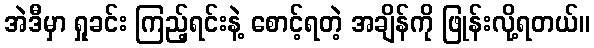
အဲဒီမှာ ရှုခင်း ကြည့်ရင်းနဲ့ စောင့်ရတဲ့ အချိန်ကို ဖြုန်းလို့ရတယ်။